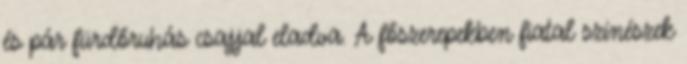
és pár fürdőruhás csajjal eladva. A főszerepekben fiatal színészek